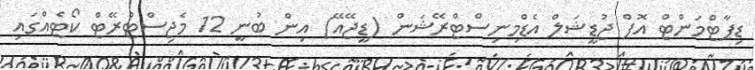
ޑިޕާޓްމަންޓް އޮފް ޖުޑީޝަލް އެޑްމިނިސްޓްރޭޝަން (ޑީޖޭއޭ) އިން ބުނީ 12 މެޖިސްޓްރޭޓް ކޯޓެއްގައި